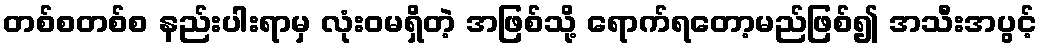
တစ်စတစ်စ နည်းပါးရာမှ လုံးဝမရှိတဲ့ အဖြစ်သို့ ရောက်ရတော့မည်ဖြစ်၍ အသီးအပွင့်